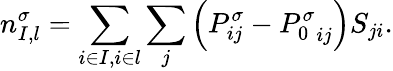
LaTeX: n_{I,l}^{\sigma}=\sum_{i\in I,i\in l}\sum_{j}\left(P_{ij}^{\sigma}-{P_{0}^{\sigma}}_{ij}\right)S_{ji}.